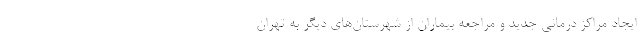
ایجاد مراکز درمانی جدید و مراجعه بیماران از شهرستان‌های دیگر به تهران